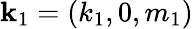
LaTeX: \mathbf{k}_{1}=(k_{1},0,m_{1})